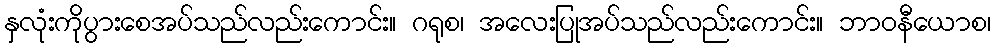
နှလုံးကိုပွားစေအပ်သည်လည်းကောင်း။ ဂရုစ၊ အလေးပြုအပ်သည်လည်းကောင်း။ ဘာဝနီယောစ၊